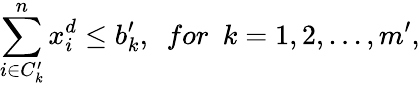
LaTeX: \sum_{i\in C_{k}^{\prime}}^{n}x_{i}^{d}\leq b_{k}^{\prime},~~for~~k=1,2,...,m^{\prime},